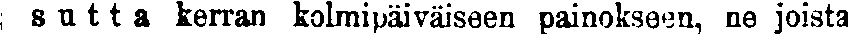
sutta kerran kolmipäiväiseen painokseen, ne joista